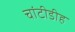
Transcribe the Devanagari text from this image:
चांटीडीह